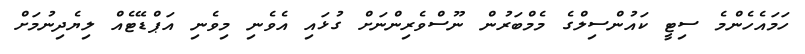
ހަމައެހެންމެ ސިޓީ ކައުންސިލްގެ މެމްބަރުން ނޫސްވެރިންނަށް ގުޅައި އެވެނި މިވެނި އަޕްޑޭޓެއް ލިޔެދިނުމަށް